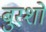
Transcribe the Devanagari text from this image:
बुरशो